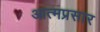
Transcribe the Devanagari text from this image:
आत्मप्रसार